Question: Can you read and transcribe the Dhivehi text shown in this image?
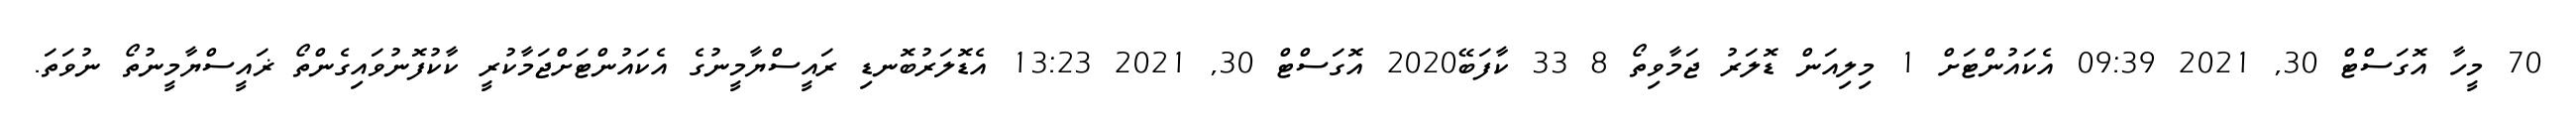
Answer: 70 މީހާ އޮގަސްޓް 30, 2021 09:39 އެކައުންޓަށް 1 މިލިއަން ޑޮލަރު ޖަމާވިތޯ 8 33 ކާފަބޭ2020 އޮގަސްޓް 30, 2021 13:23 އެޑޮލަރުބޮނޑި ރައީސްޔާމީނުގެ އެކައުންޓަށްޖަމާކުރީ ކާކުފޮނުވައިގެންތޯ ޜައީސްޔާމީނުތޯ ނުވަތަ.